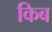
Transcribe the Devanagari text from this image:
किब